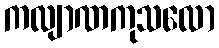
ကလျာဏကုသလော